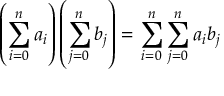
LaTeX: \left( \sum _ { i = 0 } ^ { n } a _ { i } \right) \left( \sum _ { j = 0 } ^ { n } b _ { j } \right) = \sum _ { i = 0 } ^ { n } \sum _ { j = 0 } ^ { n } a _ { i } b _ { j } \quad